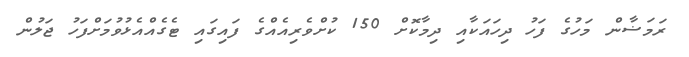
ރަމަޟާން މަހުގެ ފަހު ދިހައަކާއި ދިމާކޮށް 150 ކުށްވެރިއެއްގެ ފައިގައި ޓެގެއްއެޅުވުމަށްފަހު ޖަލުން